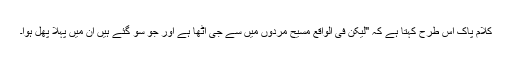
کلام پاک اس طرح کہتا ہے کہ "لیکن فی الواقع مسیح مردوں میں سے جی اٹھا ہے اور جو سو گئے ہیں ان میں پہلا پھل ہوا۔